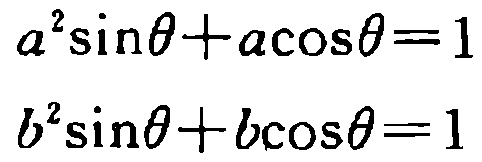
\[

\begin{align*}

a^{2}\sin\theta + a\cos\theta&=1\\

b^{2}\sin\theta + b\cos\theta&=1

\end{align*}

\]